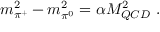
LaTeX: m _ { \pi ^ { + } } ^ { 2 } - m _ { \pi ^ { 0 } } ^ { 2 } = \alpha M _ { Q C D } ^ { 2 } ~ .